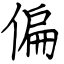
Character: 偏